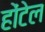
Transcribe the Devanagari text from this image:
होंटेल